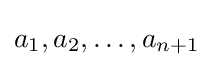
a_{1},a_{2},\ldots ,a_{n+1}